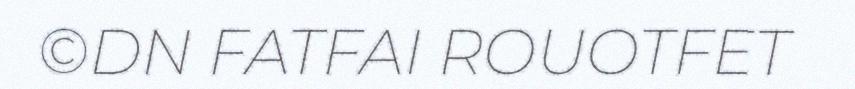
©DN FATFAI ROUOTFET